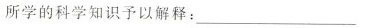
所学的科学知识予以解释：___